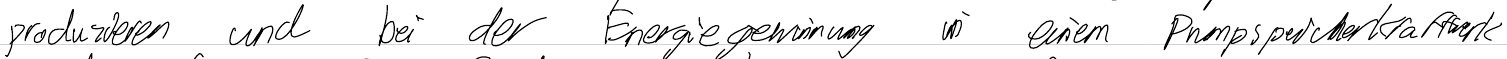
produzieren und bei der Energiegewinnung in einem Pumpspeicherkraftwerk